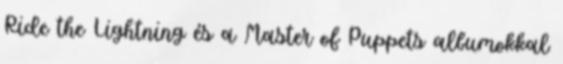
Ride the Lightning és a Master of Puppets albumokkal